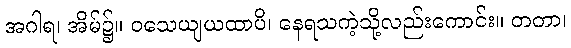
အဂါရ၊ အိမ်၌။ ဝသေယျယထာပိ၊ နေရသကဲ့သို့လည်းကောင်း။ တတာ၊